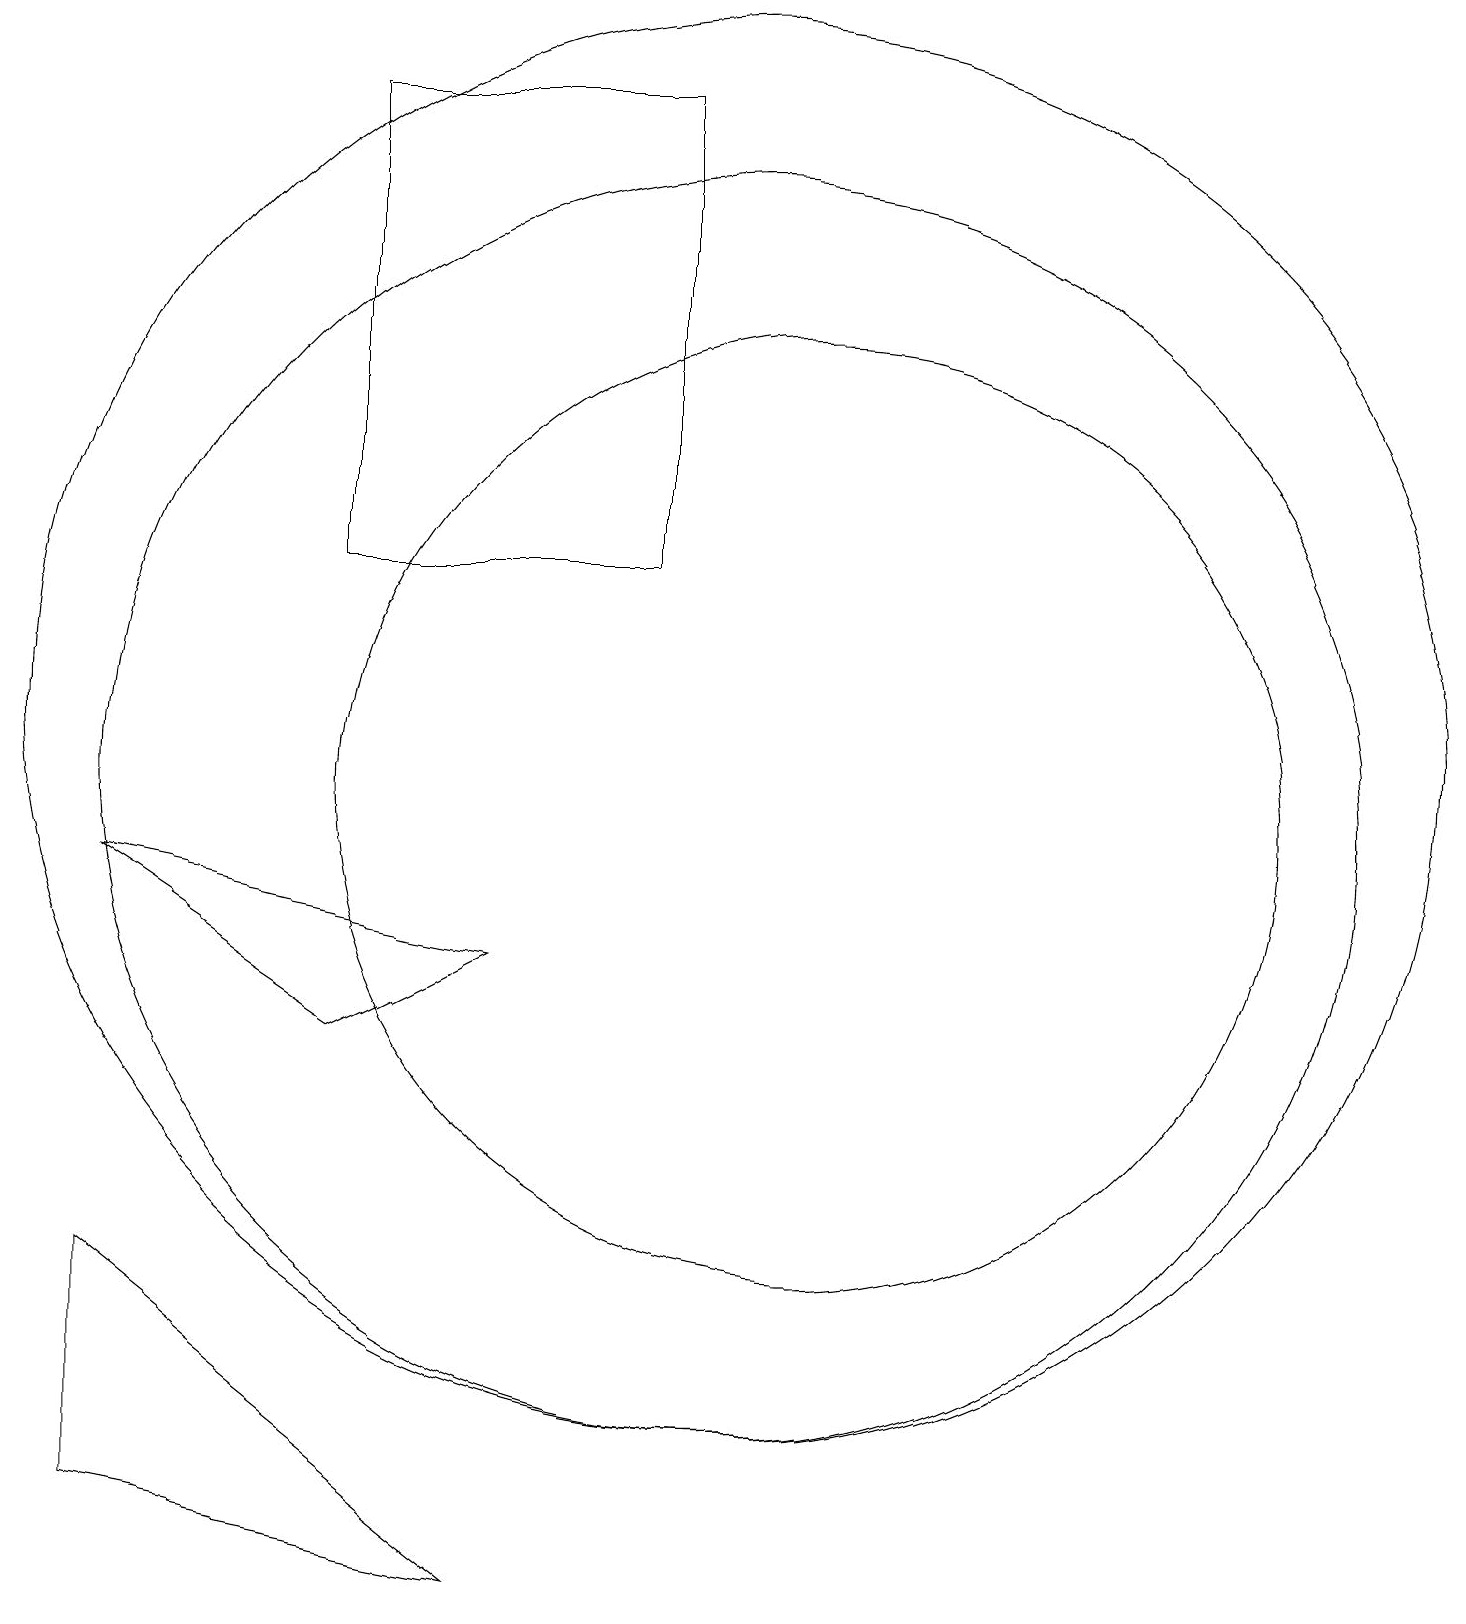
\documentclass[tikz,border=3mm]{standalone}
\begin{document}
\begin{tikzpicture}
\draw (5,7) -- (7,8) -- (2,9) -- cycle;
\draw (9,19) rectangle (5,13);
\draw (10,10) circle (8);
\draw (10,11) circle (9);
\draw (11,10) circle (6);
\draw (12,12) circle (0);
\draw (2,1) -- (7,0) -- (2,4) -- cycle;
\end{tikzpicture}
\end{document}